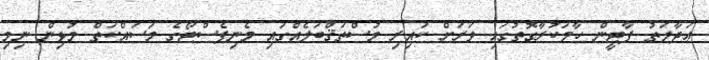
ޢަދާލަތު ޕާޓީން ހާމަކުރާގޮތުގައި ވަރަށް ކައިރި މުސްތަޤްބަލެއްގައި މެނިފެސްޓޯގެ މަސައްކަތް މުޅިން ނިމި